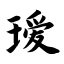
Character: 瑷